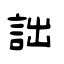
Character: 詘